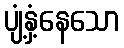
ပျံ့နှံ့နေသော